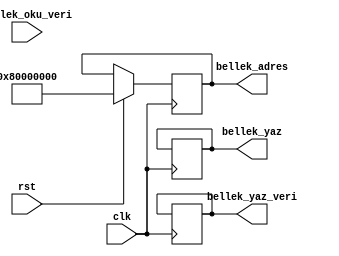
`timescale 1ns / 1ps
//////////////////////////////////////////////////////////////////////////////////
// Company: 
// Engineer: 
// 
// Design Name: 
// Module Name: CPU
// Project Name: 
// Target Devices: 
// Tool Versions: 
// Description: 
// 
// Dependencies: 
// 
// Revision:
// Revision 0.01 - File Created
// Additional Comments:
// 
//////////////////////////////////////////////////////////////////////////////////

`define ADRES_BIT 32
`define VERI_BIT 32
`define YAZMAC_SAYISI 32
`define BELLEK_ADRES 32'h8000_0000

module CPU(
    input  clk,
    
    input  rst,
    output [`ADRES_BIT-1:0] bellek_adres,
    input [`VERI_BIT-1:0] bellek_oku_veri,
    output [`VERI_BIT-1:0] bellek_yaz_veri,
    output bellek_yaz
    
    );
    
    localparam GETIR        = 2'd0;
    localparam COZYAZMACOKU = 2'd1;
    localparam YURUTGERIYAZ = 2'd2;
    
    reg [1:0]  simdiki_asama_r;
    reg [`VERI_BIT-1:0] yazmac_obegi [0:`YAZMAC_SAYISI-1];
    reg [`ADRES_BIT-1:0] ps_r;
    
    reg [`VERI_BIT-1:0] buyruk;
    reg [`VERI_BIT-1:0] genel_amacli_yazmac_1;
    reg [`VERI_BIT-1:0] genel_amacli_yazmac_2;
    reg [`VERI_BIT-1:0] bellek_yazilacak_veri;
    reg bellek_yaz_sinmi;
                                    
    reg opcode;                     
    reg rd;                         
    reg funct3;                     
    reg rs1;                        
    reg rs2;                        
    reg funct7;                    
    reg imm1;                
    reg [5:0] imm2;                
    reg [3:0] imm3;                 
    reg imm4;                
    reg [7:0] imm5;                 
    reg [3:0] imm6;                 
    reg imm7;                
                                        
    initial begin 
        simdiki_asama_r = GETIR;
        ps_r = `BELLEK_ADRES;
        bellek_yaz_sinmi = 1'b0;
    end
    
    always@(posedge clk) begin 
        if (rst) begin 
            ps_r <= `BELLEK_ADRES;
            simdiki_asama_r <= GETIR;
        end
        else begin
        
            case(simdiki_asama_r)
            
                GETIR: begin
                    buyruk = bellek_oku_veri;
                    simdiki_asama_r = COZYAZMACOKU;
                end
                
                COZYAZMACOKU: begin
                
                    opcode = buyruk [6:0];
                    rd     = buyruk [11:7];
                    funct3 = buyruk [14:12];
                    rs1    = buyruk [19:15];
                    rs2    = buyruk [24:20];
                    funct7 = buyruk [31:25];
                    imm1   = buyruk [31];
                    imm2   = buyruk [30:25];
                    imm3   = buyruk [24:21];
                    imm4   = buyruk [20];
                    imm5   = buyruk [19:12];
                    imm6   = buyruk [11:8];
                    imm7   = buyruk [7];
                    
                    case (opcode)
                    
                        //LUI
                        7'b0110111: genel_amacli_yazmac_1 = {imm1, imm2, imm3, imm4, imm5, 12'b0};
                        //AUIPC
                        7'b0010111: genel_amacli_yazmac_1 = {imm1, imm2, imm3, imm4, imm5, 12'b0};
                        //JAL
                        7'b1101111: genel_amacli_yazmac_1 = (imm1 == 1) ? {12'b1, imm5, imm4, imm2, imm3, 1'b0} : {12'b0, imm5, imm4, imm2, imm3, 1'b0};
                        //JALR
                        7'b1100111: genel_amacli_yazmac_1 = ((imm1 == 1) ? {21'b1, imm2, imm3, imm4} : {21'b0, imm2, imm3, imm4}) + yazmac_obegi[rs1];
                        //B-Type
                        7'b1100011: genel_amacli_yazmac_1 = (imm1 == 1) ? {20'b1, imm7, imm2, imm6, 1'b0} : {20'b0, imm7, imm2, imm6, 1'b0};
                        //LW
                        7'b0000011: genel_amacli_yazmac_1 = ((imm1 == 1) ? {21'b1, imm2, imm3, imm4} : {21'b0, imm2, imm3, imm4}) + yazmac_obegi[rs1];
                        //SW
                        7'b0100011: begin 
                            genel_amacli_yazmac_2 = ps_r;
                            ps_r = ((imm1 == 1) ? {21'b1, imm2, imm6, imm7} : {21'b0, imm2, imm6, imm7}) + yazmac_obegi[rs1];                
                            bellek_yaz_sinmi = 1'b1;
                            bellek_yazilacak_veri = yazmac_obegi[rs2];
                            
                            //bellek_yazilacak_veri = yazmac_obegi[buyruk [24:20]];
                            
                        end      
                        //ADDI
                        7'b0010011: genel_amacli_yazmac_1 = (imm1 == 1) ? {21'b1, imm2, imm3, imm4} : {21'b0, imm2, imm3, imm4};
                        //R-Type
                        7'b0110011: begin 
                            genel_amacli_yazmac_1 = yazmac_obegi[rs1];
                            genel_amacli_yazmac_2 = yazmac_obegi[rs2];
                        end
                        default: begin end
                    endcase
                    simdiki_asama_r = YURUTGERIYAZ;
                end
                YURUTGERIYAZ: begin
                    case (opcode)
                    
                        //LUI
                        7'b0110111: begin
                            yazmac_obegi[rd] = genel_amacli_yazmac_1;
                            ps_r = ps_r + 4;
                        end
                        //AUIPC
                        7'b0010111: begin 
                            yazmac_obegi[rd] = genel_amacli_yazmac_1 + ps_r;
                            ps_r = ps_r + 4;
                        end
                        //JAL
                        7'b1101111: begin 
                            yazmac_obegi[rd] = ps_r + 4;
                            ps_r = ps_r + genel_amacli_yazmac_1;
                        end
                        //JALR
                        7'b1100111: begin 
                            yazmac_obegi[rd] = ps_r + 4;
                            ps_r = {genel_amacli_yazmac_1[31:1], 1'b0};
                        end
                        //B-Type
                        7'b1100011: begin 
                            case (funct3)
                            
                                //BEQ
                                3'b000: ps_r = (yazmac_obegi[rs1] == yazmac_obegi[rs2]) ? (ps_r + genel_amacli_yazmac_1) : (ps_r + 4);
                                //BNE
                                3'b001: ps_r = (yazmac_obegi[rs1] != yazmac_obegi[rs2]) ? (ps_r + genel_amacli_yazmac_1) : (ps_r + 4);
                                //BLT
                                3'b100: ps_r = (yazmac_obegi[rs1]  < yazmac_obegi[rs2]) ? (ps_r + genel_amacli_yazmac_1) : (ps_r + 4);
                                default: begin end
                            endcase
                        end
                        //LW
                        7'b0000011: begin  
                            genel_amacli_yazmac_2 = ps_r;
                            ps_r = genel_amacli_yazmac_1;
                            yazmac_obegi[rd] = bellek_oku_veri;
                            ps_r = genel_amacli_yazmac_2 + 4;
                        end
                        //SW
                        7'b0100011: begin 
                            bellek_yaz_sinmi = 1'b0;
                            ps_r = genel_amacli_yazmac_2 + 4;
                        end
                        //ADDI
                        7'b0010011: begin 
                            yazmac_obegi[rd] = genel_amacli_yazmac_1 + yazmac_obegi[rs1];
                            ps_r = ps_r + 4;
                        end
                        //R-Type
                        7'b0110011: begin
                            case (funct7)
                                7'b0000000: begin
                                    case (funct3)
                                        3'b000: yazmac_obegi[rd] = yazmac_obegi[rs1] + yazmac_obegi[rs2];
                                        3'b100: yazmac_obegi[rd] = yazmac_obegi[rs1] ^ yazmac_obegi[rs2];
                                        3'b110: yazmac_obegi[rd] = yazmac_obegi[rs1] | yazmac_obegi[rs2];
                                        3'b111: yazmac_obegi[rd] = yazmac_obegi[rs1] & yazmac_obegi[rs2];
                                        default: begin end
                                    endcase
                                end
                                7'b0100000: yazmac_obegi[rd] = yazmac_obegi[rs1] - yazmac_obegi[rs2];
                                default: begin end
                           endcase
                            ps_r = ps_r + 4;
                        end
                        default: begin end
                    endcase
                    simdiki_asama_r = GETIR;                    
                end
                default: begin end
            endcase
        end
    end
    assign bellek_adres = ps_r;
    assign bellek_yaz_veri = bellek_yazilacak_veri;
    assign bellek_yaz = bellek_yaz_sinmi;
endmodule